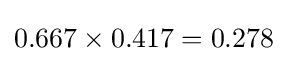
0.667\times 0.417=0.278